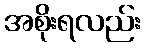
အစိုးရလည်း